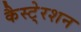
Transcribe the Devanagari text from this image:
कैस्टे्रशन